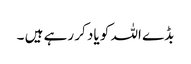
بڈے اللہ کو یاد کر رہے ہیں ۔